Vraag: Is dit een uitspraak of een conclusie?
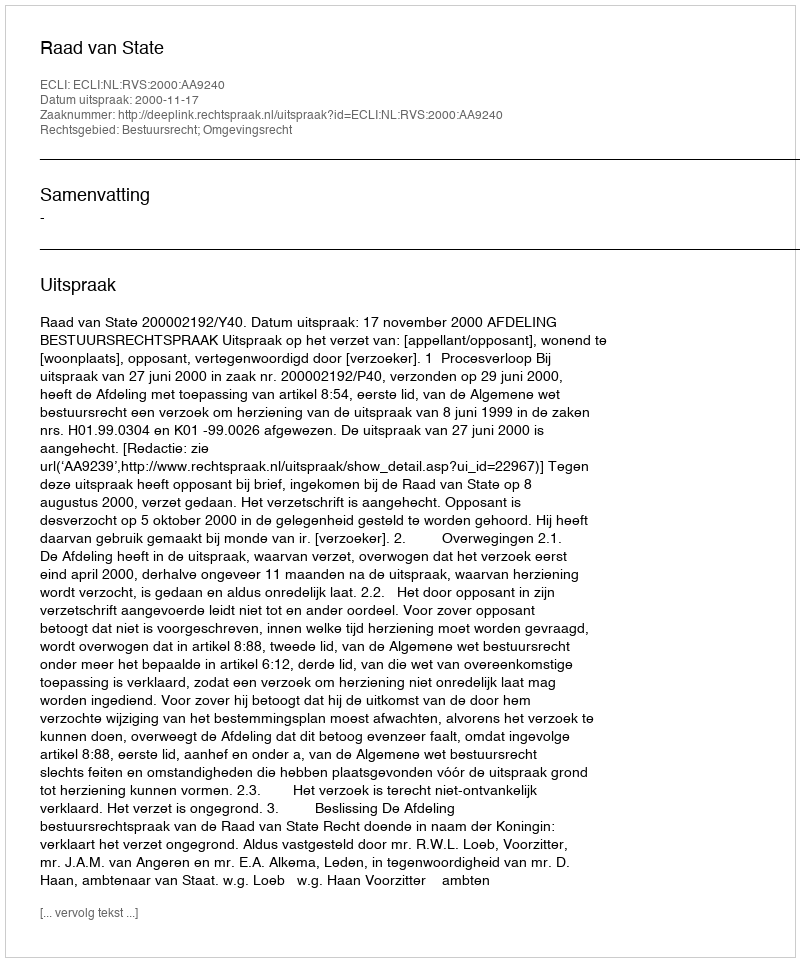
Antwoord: Uitspraak